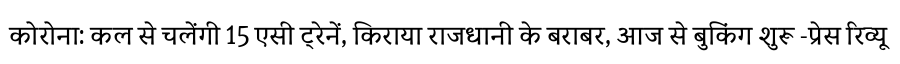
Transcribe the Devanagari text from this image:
कोरोना: कल से चलेंगी 15 एसी ट्रेनें, किराया राजधानी के बराबर, आज से बुकिंग शुरू -प्रेस रिव्यू